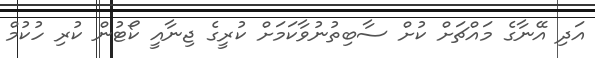
އަދި އޭނާގެ މައްޗަށް ކުށް ސާބިތުނުވާކަމަށް ކުރީގެ ޖިނާއީ ކޯޓުން ކުރި ހުކުމް